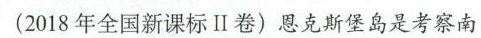
(2018年全国新课标II卷)恩克斯堡岛是考察南